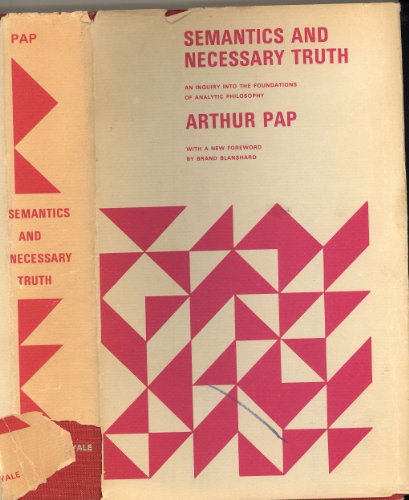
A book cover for Semantics and Necessary Truth; Arthur Pap; Politics & Social Sciences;